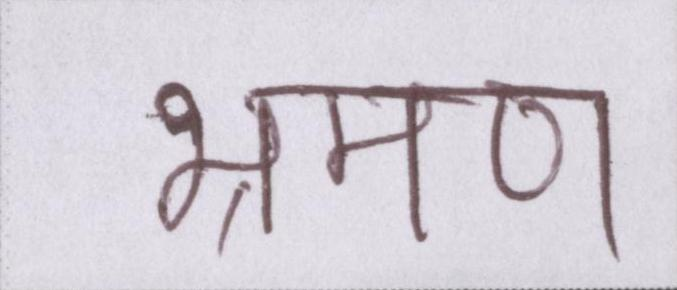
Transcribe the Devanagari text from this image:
भ्रमण